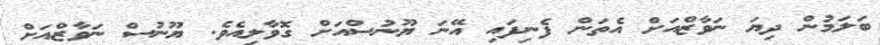
ބަލަމުން ދިޔަ ނަވާޒްއަށް އެތަން ފެނިފައި އޭނަ ޔޫނުސްއަށް ގޮވާލިއެވެ. ޔޫނުސް ނަވާޒްއަށް